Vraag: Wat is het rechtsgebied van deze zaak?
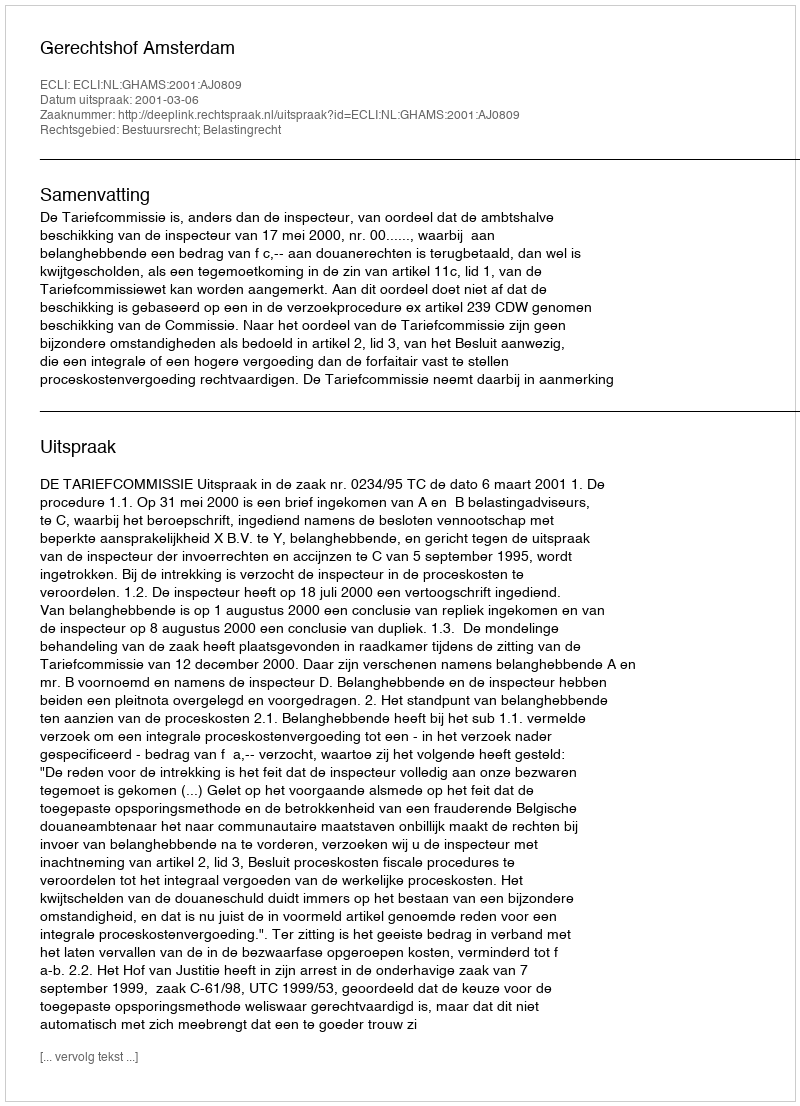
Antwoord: Bestuursrecht; Belastingrecht